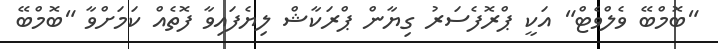
"ބޮމްބޭ ވެލްވެޓް" އަކީ ޕްރޮފެސަރު ގިޔާން ޕްރަކާޝް ލިޔެފައިވާ ފޮތެއް ކަމަށްވާ "ބޮމްބޭ